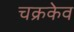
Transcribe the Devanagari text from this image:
चक्रकेव